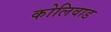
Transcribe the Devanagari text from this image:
कोलिवाड